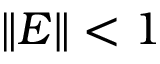
\| E \| < 1